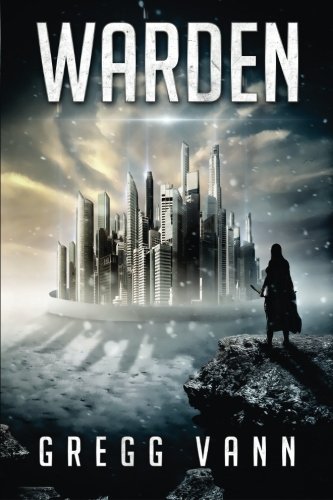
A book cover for Warden; Gregg Vann; Science Fiction & Fantasy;